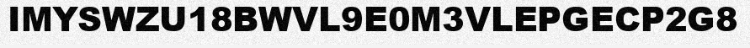
IMYSWZU18BWVL9E0M3VLEPGECP2G8